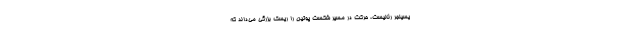
یسینجرِ رئالیست، حرکت در مسیر شکست پوتین را ریسک بزرگی می‌داند که